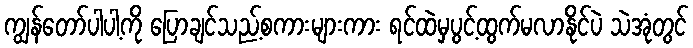
ကျွန်တော်ပါပါ့ကို ပြောချင်သည့်စကားများကား ရင်ထဲမှပွင့်ထွက်မလာနိုင်ပဲ သဲအုံတွင်